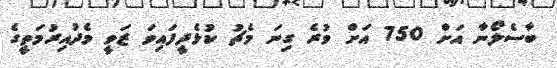
ބާސެލޯނާ އަށް 750 އަށް ވުރެ ގިނަ މެޗު ކުޅެދީފައިވަ ޒަވީ މެދުއިރުމަތީގެ